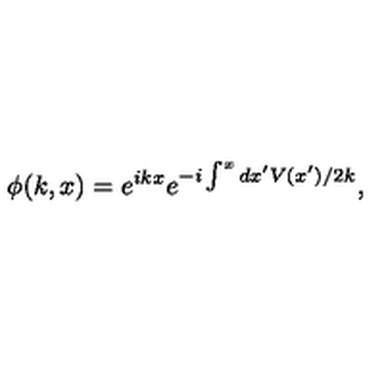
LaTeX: \phi ( k , x ) = e ^ { i k x } e ^ { - i \int ^ { x } d x ^ { \prime } V ( x ^ { \prime } ) / 2 k } ,